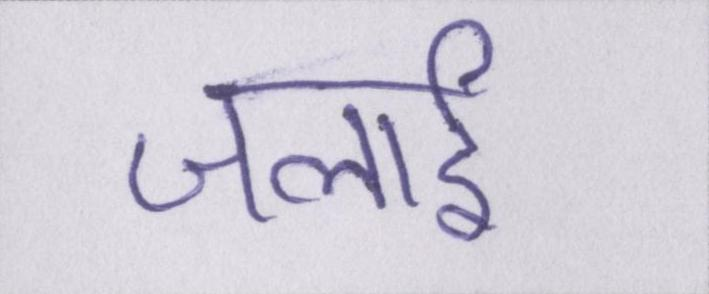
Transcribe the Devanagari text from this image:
जलाई